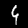
Label: 4